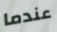
عندما